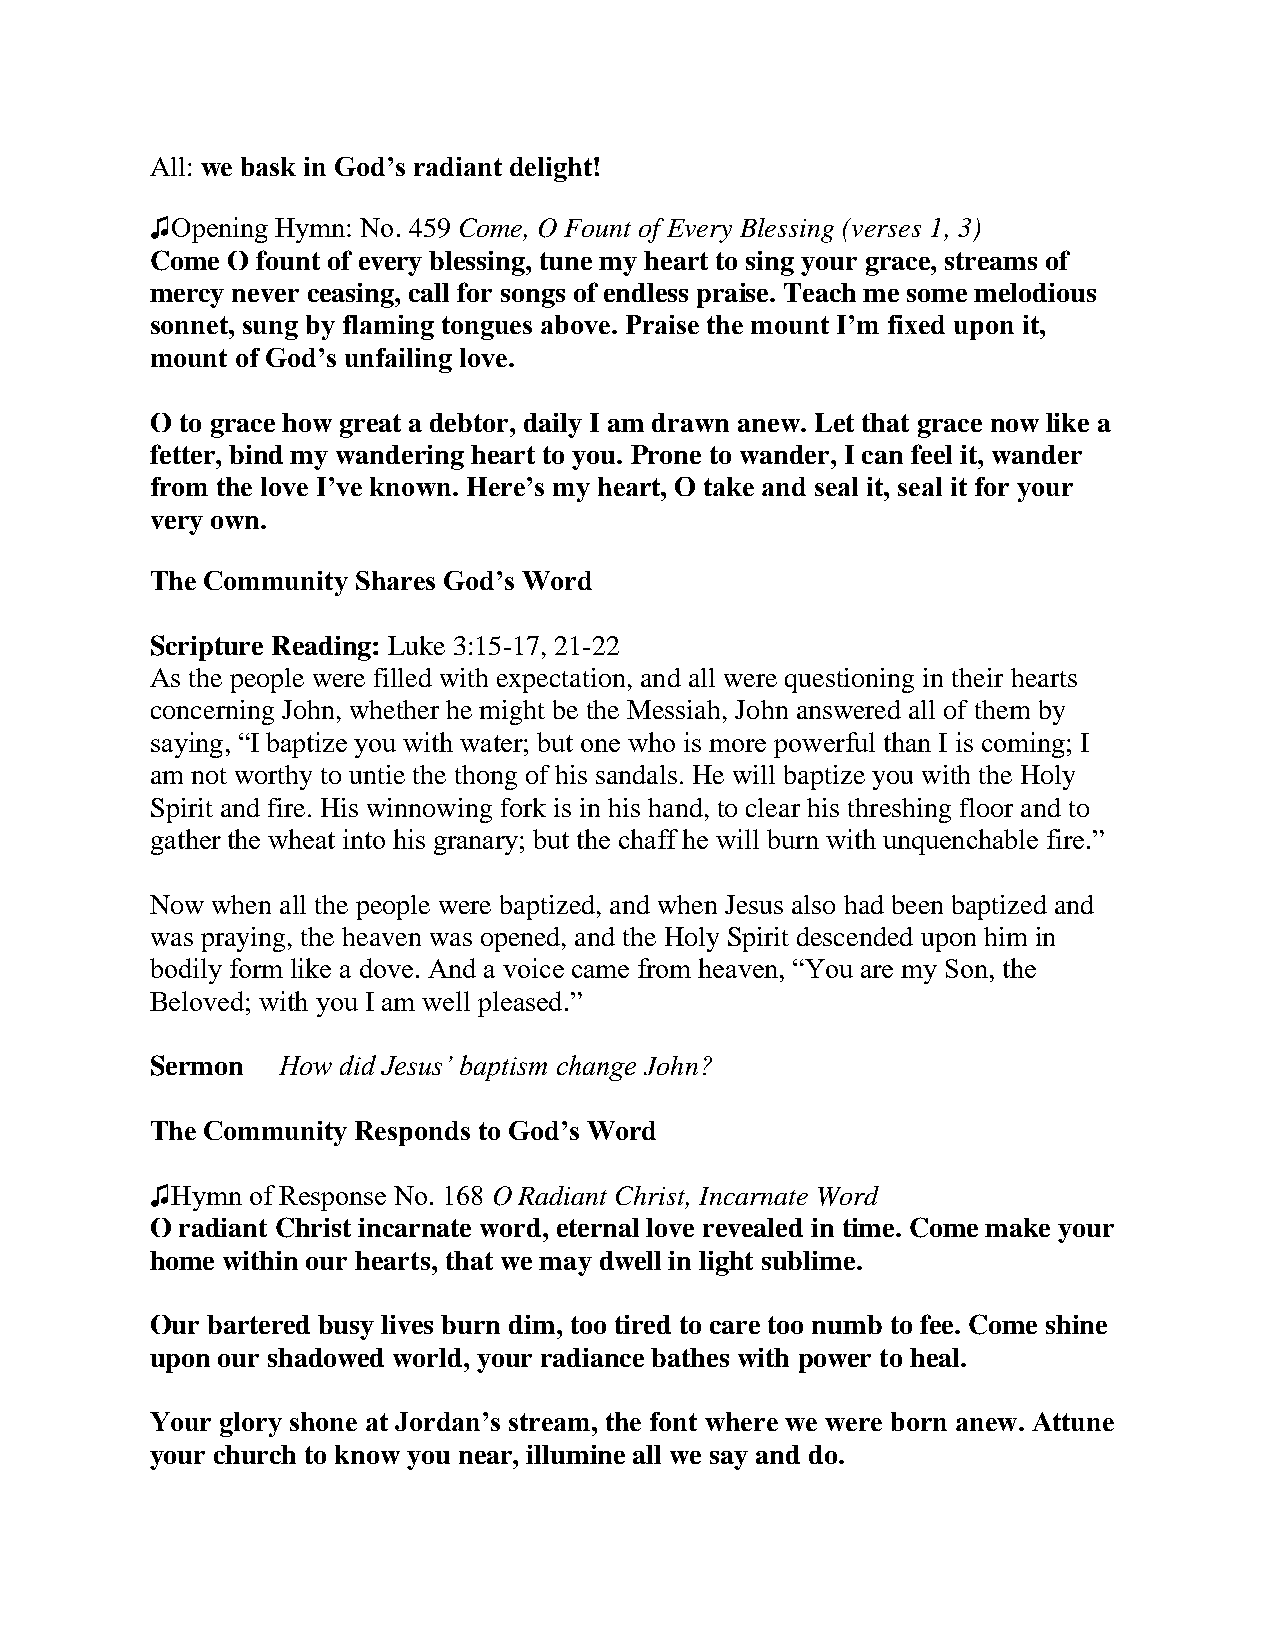
All: we bask in God’s radiant delight!
 ♫Opening Hymn: No. 459 Come, O Fount of Every Blessing (verses 1, 3)
 Come O fount of every blessing, tune my heart to sing your grace, streams of
 mercy never ceasing, call for songs of endless praise. Teach me some melodious
 sonnet, sung by flaming tongues above. Praise the mount I’m fixed upon it,
 mount of God’s unfailing love.
 O to grace how great a debtor, daily I am drawn anew. Let that grace now like a
 fetter, bind my wandering heart to you. Prone to wander, I can feel it, wander
 from the love I’ve known. Here’s my heart, O take and seal it, seal it for your
 very own.
 The Community Shares God’s Word
 Scripture Reading: Luke 3:15-17, 21-22
 As the people were filled with expectation, and all were questioning in their hearts
 concerning John, whether he might be the Messiah, John answered all of them by
 saying, “I baptize you with water; but one who is more powerful than I is coming; I
 am not worthy to untie the thong of his sandals. He will baptize you with the Holy
 Spirit and fire. His winnowing fork is in his hand, to clear his threshing floor and to
 gather the wheat into his granary; but the chaff he will burn with unquenchable fire.”
 Now when all the people were baptized, and when Jesus also had been baptized and
 was praying, the heaven was opened, and the Holy Spirit descended upon him in
 bodily form like a dove. And a voice came from heaven, “You are my Son, the
 Beloved; with you I am well pleased.”
 Sermon  How did Jesus’ baptism change John?
 The Community Responds to God’s Word
 ♫Hymn of Response No. 168 O Radiant Christ, Incarnate Word
 O radiant Christ incarnate word, eternal love revealed in time. Come make your
 home within our hearts, that we may dwell in light sublime.
 Our bartered busy lives burn dim, too tired to care too numb to fee. Come shine
 upon our shadowed world, your radiance bathes with power to heal.
 Your glory shone at Jordan’s stream, the font where we were born anew. Attune
 your church to know you near, illumine all we say and do.